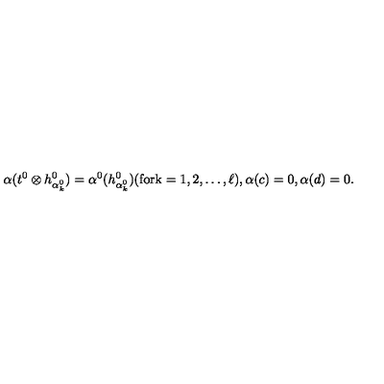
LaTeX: { \alpha } ( t ^ { 0 } \otimes h _ { { \alpha } _ { k } ^ { 0 } } ^ { 0 } ) = { \alpha } ^ { 0 } ( h _ { { \alpha } _ { k } ^ { 0 } } ^ { 0 } ) \mathrm { ( f o r k = 1 , 2 , \ldots , \ell ) } , { \alpha } ( c ) = 0 , { \alpha } ( d ) = 0 .